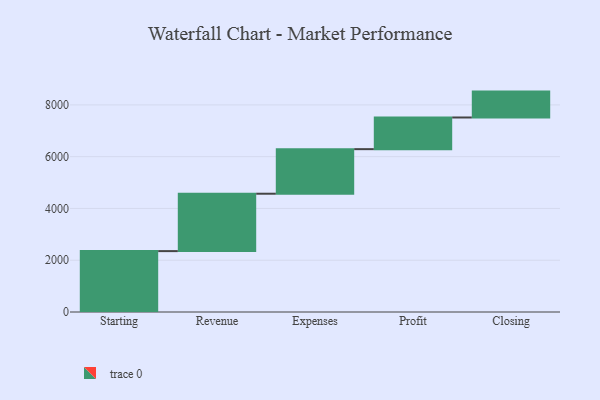
{"axis": {"x": "Step", "y": "Value"}, "legend": [""], "data": [{"x": "Starting", "y": 2352.0, "type": ""}, {"x": "Revenue", "y": 2217.0, "type": ""}, {"x": "Expenses", "y": 1722.0, "type": ""}, {"x": "Profit", "y": 1223.0, "type": ""}, {"x": "Closing", "y": 1000, "type": ""}]}